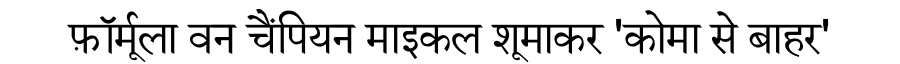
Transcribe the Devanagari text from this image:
फ़ॉर्मूला वन चैंपियन माइकल शूमाकर 'कोमा से बाहर'